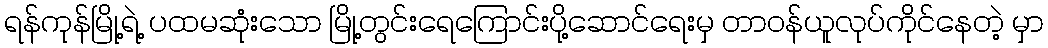
ရန်ကုန်မြို့ရဲ့ ပထမဆုံးသော မြို့တွင်းရေကြောင်းပို့ဆောင်ရေးမှ တာဝန်ယူလုပ်ကိုင်နေတဲ့ မှာ